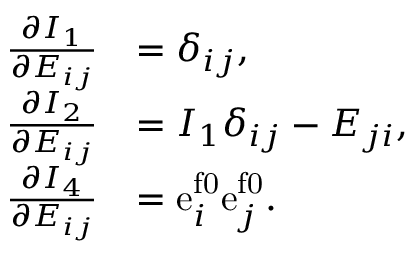
\begin{array} { r l } { \frac { \partial I _ { 1 } } { \partial E _ { i j } } } & { = \delta _ { i j } , } \\ { \frac { \partial I _ { 2 } } { \partial E _ { i j } } } & { = I _ { 1 } \delta _ { i j } - E _ { j i } , } \\ { \frac { \partial I _ { 4 } } { \partial E _ { i j } } } & { = \mathrm { e } _ { i } ^ { \mathrm { f 0 } } \mathrm { e } _ { j } ^ { \mathrm { f 0 } } . } \end{array}